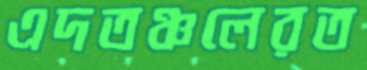
এদতঞ্চলেরত